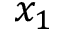
x _ { 1 }